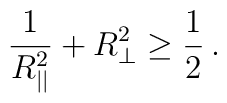
\frac{1}{R^2_{||}}+R_\perp^2\ge\frac{1}{2}\,.